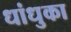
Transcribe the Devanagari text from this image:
धांधुका